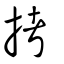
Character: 拷